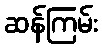
ဆန်ကြမ်း